Indian journal of veterinary science and animal husbandry - Volume 13,
Year: 1943
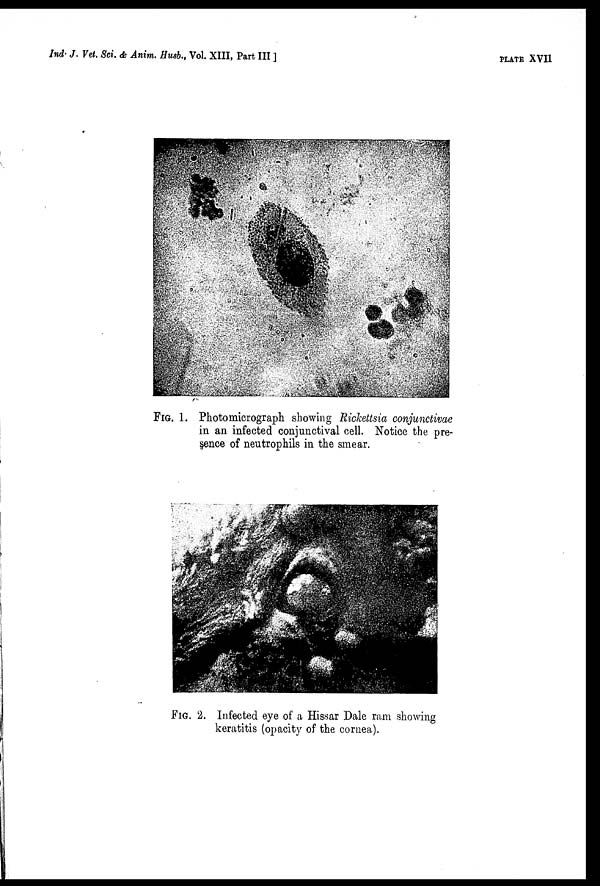
Ind. J. Vet. Sci. & Anim. Husb., Vol. XIII, Part III
]
PLATE XVII
FIG. 1. Photomicrograph showing Rickettsia conjunctivae
in an infected conjunctival cell. Notice the pre-
sence of neutrophils in the smear.
FIG. 2. Infected eye of a Hissar Dale ram showing
keratitis (opacity of the cornea).